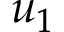
u _ { 1 }